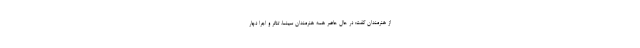
از هنرمندان گفت: در حال حاضر همه هنرمندان سینما، تئاتر و اجرا دچار